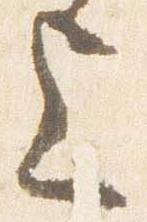
上